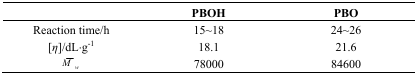
|  | PBOH | PBO |
 | --- | --- | --- |
 | Reaction time/h | 15~18 | 24~26 |
 | [η]/dL·g−1 | 18.1 | 21.6 |
 | M̄w | 78000 | 84600 |